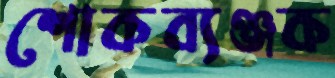
শোকব্যঞ্জক